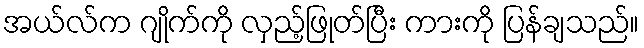
အယ်လ်က ဂျိုက်ကို လှည့်ဖြုတ်ပြီး ကားကို ပြန်ချသည်။